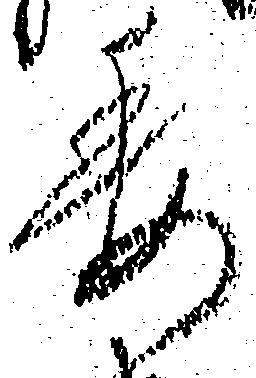
委